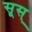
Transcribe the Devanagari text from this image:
सूस्